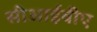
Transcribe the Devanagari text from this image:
सीआईबीए